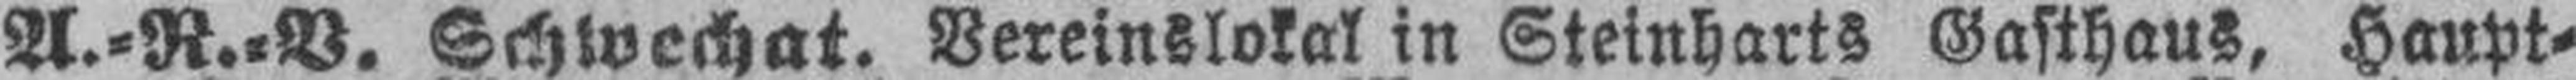
A.=R.=V. Schwechat. Vereinslokal in Steinharts Gasthaus, Haupt¬